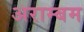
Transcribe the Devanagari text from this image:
अराम्बम